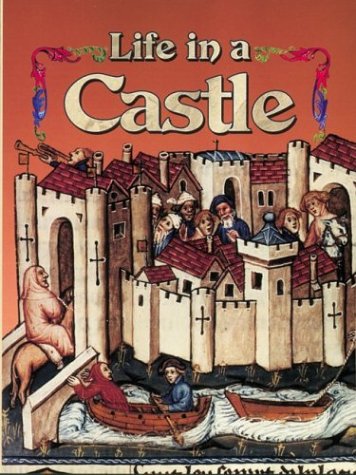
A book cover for Life in a Castle (Medieval World (Crabtree Paperback)); Kay Eastwood; Children's Books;